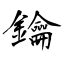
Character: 鑰